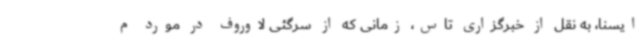
ایسنا، به نقل از خبرگزاری تاس، زمانی که از سرگئی لاوروف در مورد م